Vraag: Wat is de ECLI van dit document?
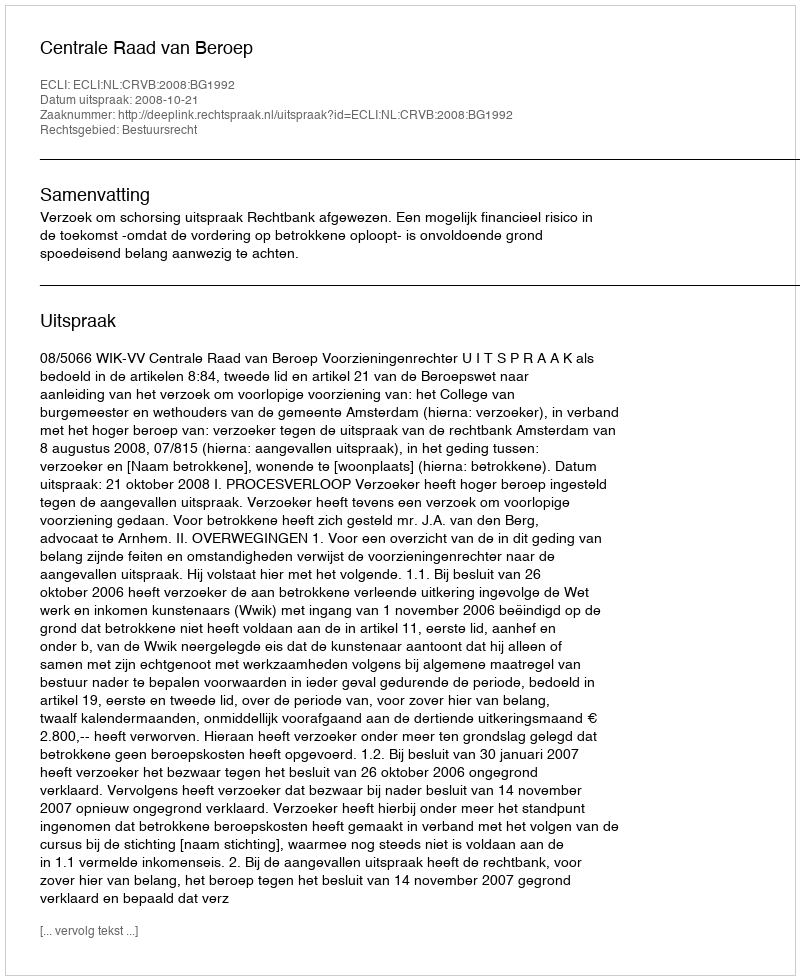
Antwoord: ECLI:NL:CRVB:2008:BG1992